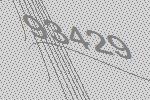
93429